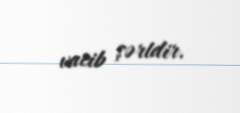
vacib şərtdir.